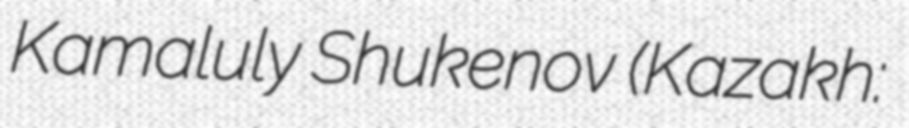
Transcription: Kamaluly Shukenov (Kazakh: Батырхан